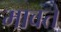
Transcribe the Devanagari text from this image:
मावते